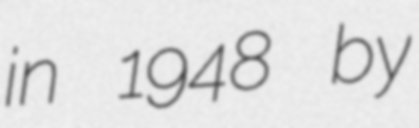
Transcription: in 1948 by